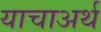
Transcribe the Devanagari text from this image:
याचाअर्थ